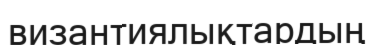
византиялықтардың